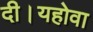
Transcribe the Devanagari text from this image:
दी।यहोवा